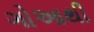
ગોઆથી